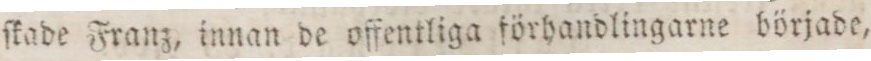
ſkade Franz, innan de offentliga förhandlingarne började,